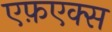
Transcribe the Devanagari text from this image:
एफ़एक्स